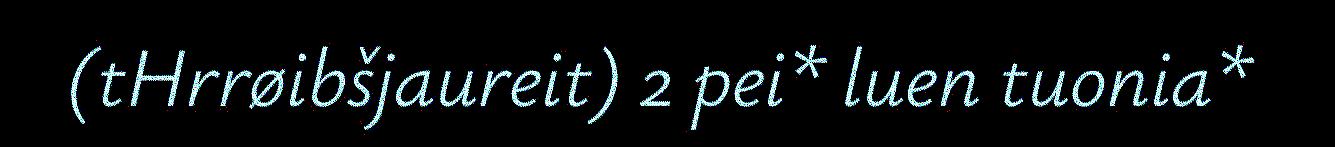
(tHrrøibšjaureit) 2 pei* luen tuonia*